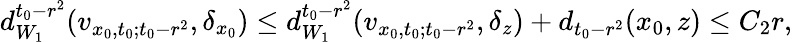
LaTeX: \begin{array}{r}{d_{W_{1}}^{t_{0}-r^{2}}(v_{x_{0},t_{0};t_{0}-r^{2}},\delta_{x_{0}})\le d_{W_{1}}^{t_{0}-r^{2}}(v_{x_{0},t_{0};t_{0}-r^{2}},\delta_{z})+d_{t_{0}-r^{2}}(x_{0},z)\le C_{2}r,}\end{array}